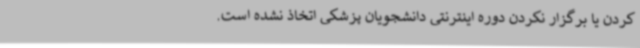
کردن یا برگزار نکردن دوره اینترنتی دانشجویان پزشکی اتخاذ نشده است.